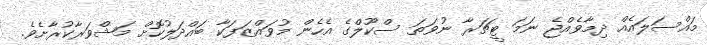
މައްސަލައެއް ދިމާވެއްޖެ ނަމަ ޓީޗަރާ ނުވަތަ ސްކޫލްގެ އެހެން މުވައްޒަފަކާ ބައްދަލުކޮށް މަޝްވަރާކުރާށެވެ.